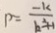
P = \frac { - k } { b ^ { 2 } + 1 }